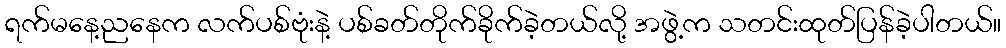
ရက်မနေ့ညနေက လက်ပစ်ဗုံးနဲ့ ပစ်ခတ်တိုက်ခိုက်ခဲ့တယ်လို့ အဖွဲ့က သတင်းထုတ်ပြန်ခဲ့ပါတယ်။